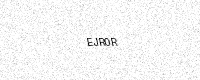
Text: EJR0R